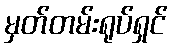
မှတ်တမ်းရုပ်ရှင်